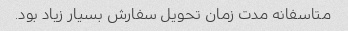
متاسفانه مدت زمان تحویل سفارش بسیار زیاد بود.